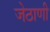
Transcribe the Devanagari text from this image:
जेठाणी